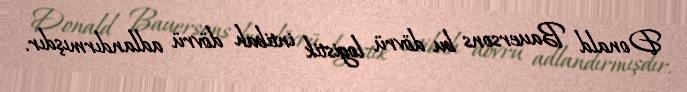
Donald Bauersons bu dövrü logistik intibah dövrü adlandırmışdır.